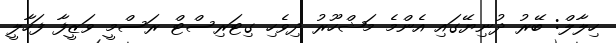
ހިލާލް: ބޭރު ދުނިޔޭގައި އެންމެ މަޝްހޫރު ދިވެހި ގިޓަރިސްޓް ރަސްމީ ވަޒީފާ ފަހާލީ